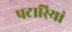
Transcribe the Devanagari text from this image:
पटारियां